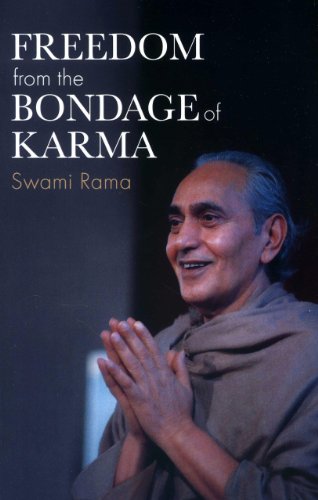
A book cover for Freedom From the Bondage of Karma; Swami Rama; Religion & Spirituality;